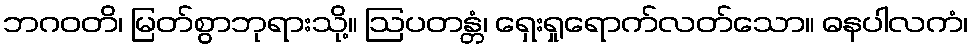
ဘဂဝတိ၊ မြတ်စွာဘုရားသို့။ ဩပတန္တံ၊ ရှေးရှုရောက်လတ်သော။ ဓနပါလကံ၊